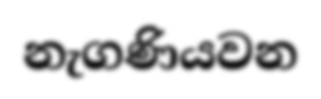
නැගණියවන